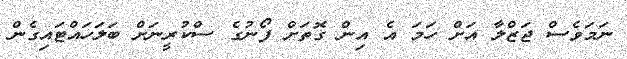
ނަމަވެސް ޖަޒްލާ އަށް ހަމަ އެ އިން ގޮތަށް ފޯނުގެ ސްކުރީނަށް ބަލަހައްޓައިގެން